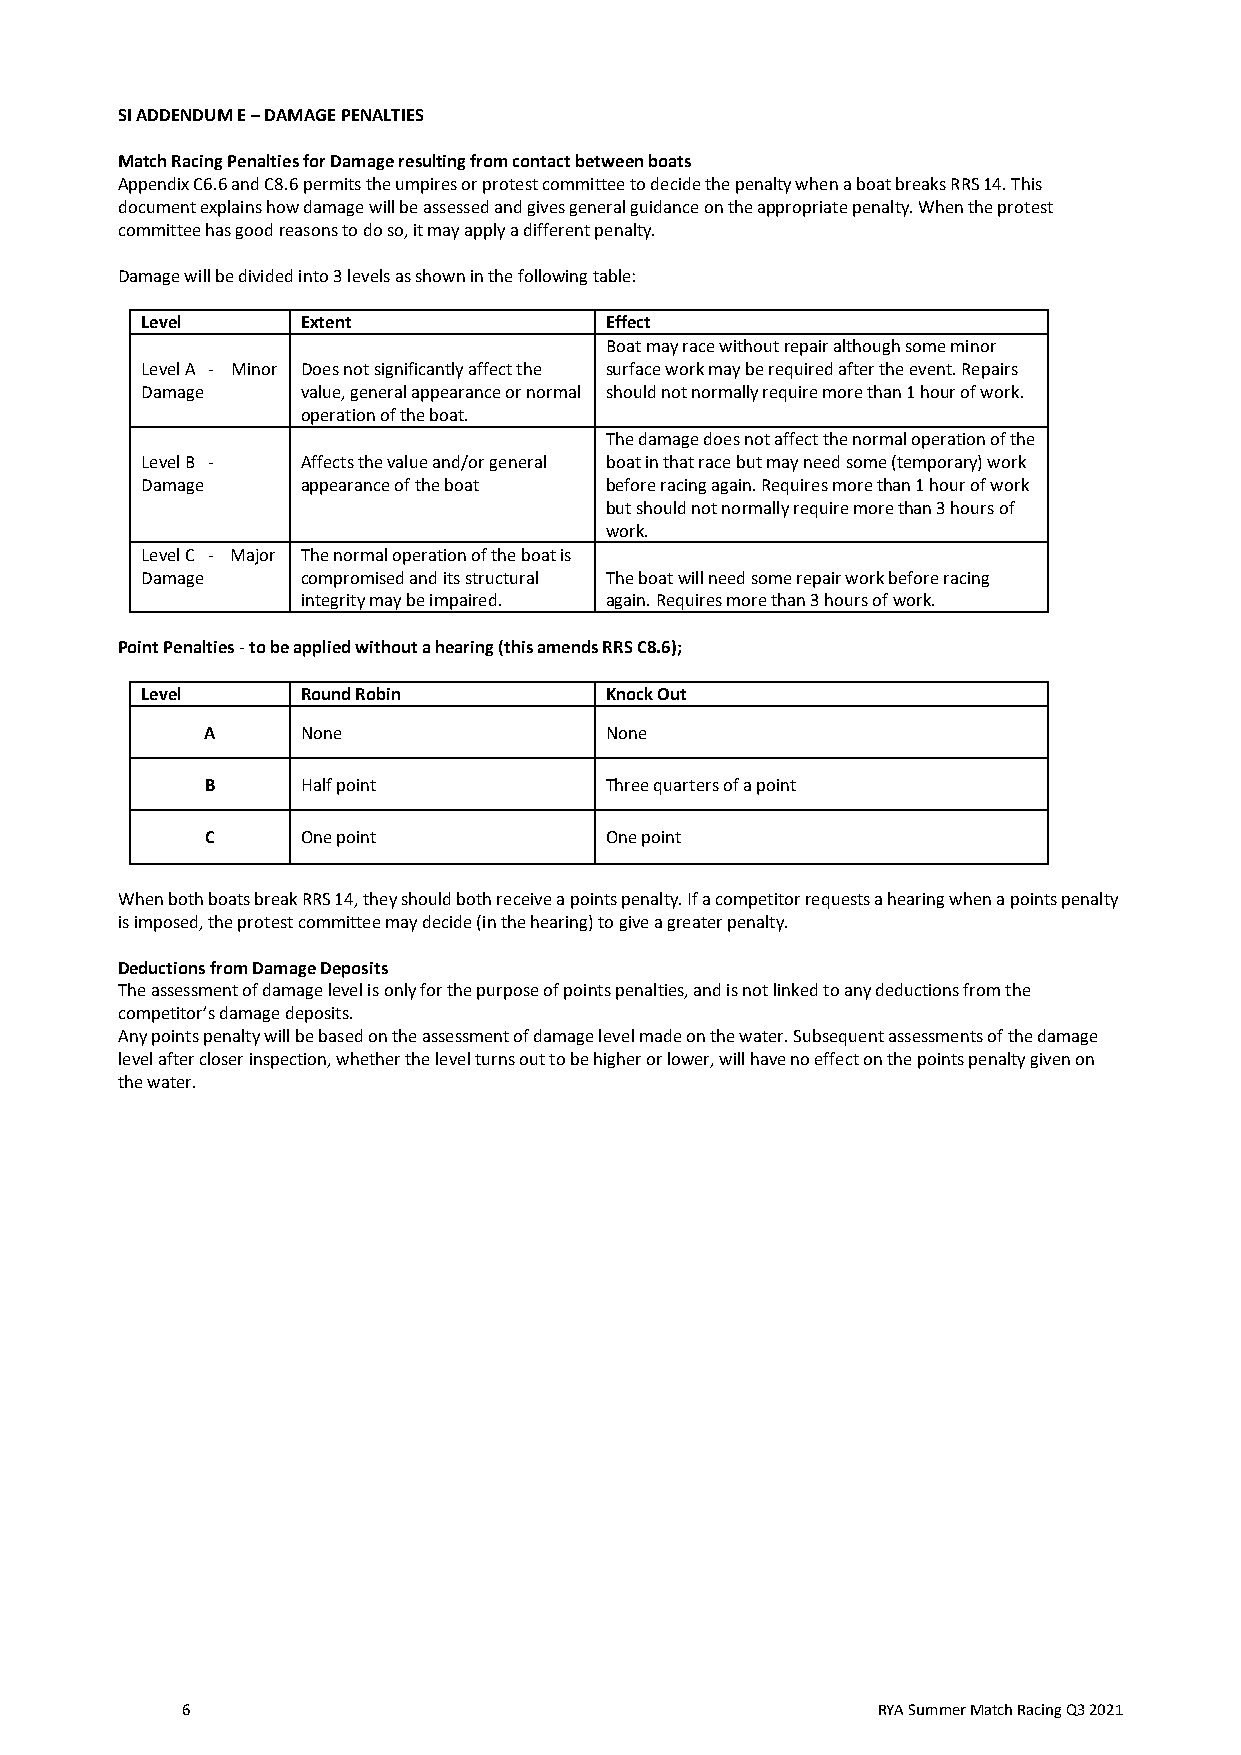
SI ADDENDUM E – DAMAGE PENALTIES
 Match Racing Penalties for Damage resulting from contact between boats
 Appendix C6.6 and C8.6 permits the umpires or protest committee to decide the penalty when a boat breaks RRS 14. This
 document explains how damage will be assessed and gives general guidance on the appropriate penalty. When the protest
 committee has good reasons to do so, it may apply a different penalty.
 Damage will be divided into 3 levels as shown in the following table:
 Level      Extent              Effect
 Boat may race without repair although some minor
 Level A - Minor Does not significantly affect the surface work may be required after the event. Repairs
 Damage     value, general appearance or normal should not normally require more than 1 hour of work.
 operation of the boat.
 The damage does not affect the normal operation of the
 Level B -  Affects the value and/or general boat in that race but may need some (temporary) work
 Damage     appearance of the boat before racing again. Requires more than 1 hour of work
 but should not normally require more than 3 hours of
 work.
 Level C - Major The normal operation of the boat is
 Damage     compromised and its structural The boat will need some repair work before racing
 integrity may be impaired. again. Requires more than 3 hours of work.
 Point Penalties - to be applied without a hearing (this amends RRS C8.6);
 Level      Round Robin         Knock Out
 A     None                None
 B     Half point          Three quarters of a point
 C     One point           One point
 When both boats break RRS 14, they should both receive a points penalty. If a competitor requests a hearing when a points penalty
 is imposed, the protest committee may decide (in the hearing) to give a greater penalty.
 Deductions from Damage Deposits
 The assessment of damage level is only for the purpose of points penalties, and is not linked to any deductions from the
 competitor’s damage deposits.
 Any points penalty will be based on the assessment of damage level made on the water. Subsequent assessments of the damage
 level after closer inspection, whether the level turns out to be higher or lower, will have no effect on the points penalty given on
 the water.
 6                                             RYA Summer Match Racing Q3 2021